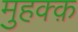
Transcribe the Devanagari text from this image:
मुहक्क़